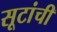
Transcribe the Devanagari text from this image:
सूटांची